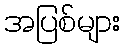
အပြစ်များ